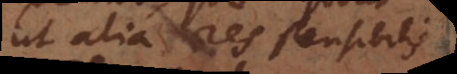
ut alia res sensibilis